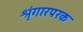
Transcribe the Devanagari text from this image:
श्रृंगारपरक